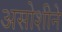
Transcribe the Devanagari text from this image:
असोशीने